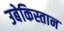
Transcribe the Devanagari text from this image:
उबेकिस्तान